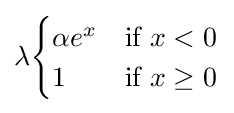
\lambda {\begin{cases}\alpha e^{x}&{\text{if }}x<0\\1&{\text{if }}x\geq 0\end{cases}}